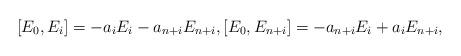
LaTeX: \begin{align*} [E_0,E_i]=-a_iE_i-a_{n+i}E_{n+i}, [E_0,E_{n+i}]=-a_{n+i}E_i+a_{i}E_{n+i},\end{align*}